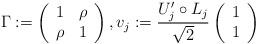
LaTeX: \begin{align*}\Gamma := \left(\begin{array}{ccc}1 & \rho \\\rho & 1\end{array} \right), v_j := \frac{U_j' \circ L_j}{\sqrt{2}} \left(\begin{array}{ccc}1 \\1\end{array} \right)\end{align*}